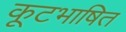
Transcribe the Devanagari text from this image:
कूटभाषित